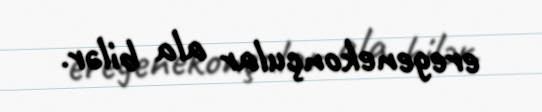
eregenekonçular ala bilər.